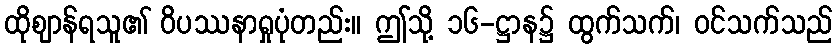
ထိုဈာန်ရသူ၏ ဝိပဿနာရှုပုံတည်း။ ဤသို့ ၁၆-ဋ္ဌာန၌ ထွက်သက်၊ ဝင်သက်သည်